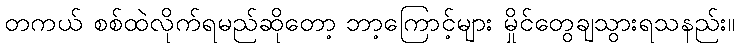
တကယ် စစ်ထဲလိုက်ရမည်ဆိုတော့ ဘာ့ကြောင့်များ မှိုင်တွေချသွားရသနည်း။